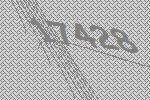
17428